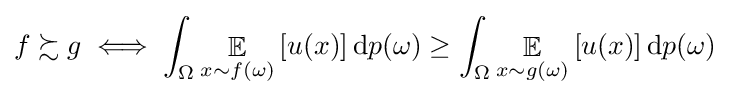
f\succsim g\iff \int _{\Omega }\mathop {\mathbb {E} } _{x\sim f(\omega )}\left[u(x)\right]{\text{d}}p(\omega )\geq \int _{\Omega }\mathop {\mathbb {E} } _{x\sim g(\omega )}\left[u(x)\right]{\text{d}}p(\omega )